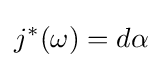
j^{*}(\omega )=d\alpha